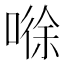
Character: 𰈘